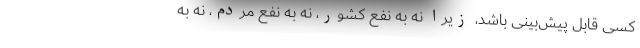
کسی قابل پیش‌بینی باشد، زیرا نه به نفع کشور، نه به نفع مردم، نه به